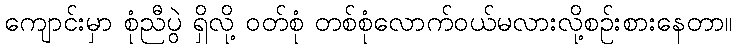
ကျောင်းမှာ စုံညီပွဲ ရှိလို့ ဝတ်စုံ တစ်စုံလောက်ဝယ်မလားလို့စဉ်းစားနေတာ။